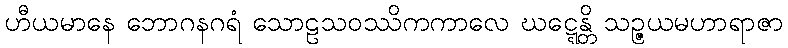
ဟီယမာနေ ဘောဂနဂရံ သောဠသဝဿိကကာလေ ဃဋ္ဋေန္တိ သဉ္ဇယမဟာရာဇာ